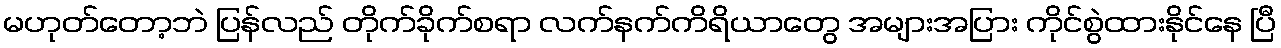
မဟုတ်တော့ဘဲ ပြန်လည် တိုက်ခိုက်စရာ လက်နက်ကိရိယာတွေ အများအပြား ကိုင်စွဲထားနိုင်နေ ပြီ